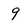
Character: 9